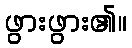
ဖွားဖွား၏။